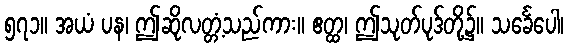
၅၇၁။ အယံ ပန၊ ဤဆိုလတ္တံ့သည်ကား။ ဧတ္ထ၊ ဤသုတ်ပုဒ်တို့၌။ သင်္ခေပေါ၊